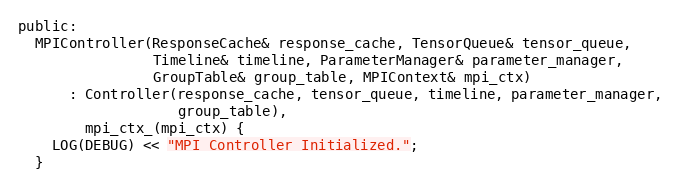
Language: C
public:
  MPIController(ResponseCache& response_cache, TensorQueue& tensor_queue,
                Timeline& timeline, ParameterManager& parameter_manager,
                GroupTable& group_table, MPIContext& mpi_ctx)
      : Controller(response_cache, tensor_queue, timeline, parameter_manager,
                   group_table),
        mpi_ctx_(mpi_ctx) {
    LOG(DEBUG) << "MPI Controller Initialized.";
  }